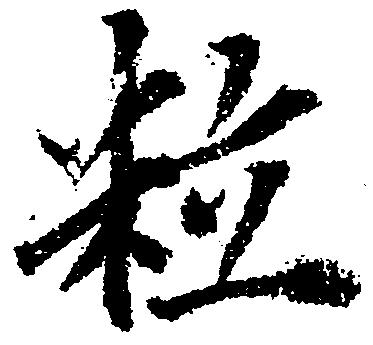
粒